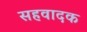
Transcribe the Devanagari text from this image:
सहवादक